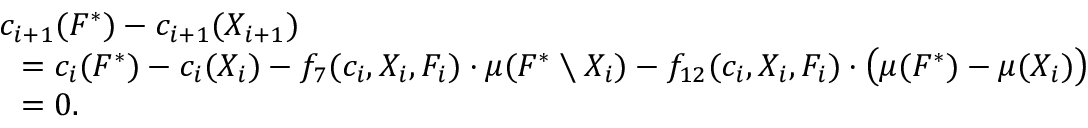
\begin{array} { r l } & { c _ { i + 1 } ( F ^ { * } ) - c _ { i + 1 } ( X _ { i + 1 } ) } \\ { } & { ~ ~ = c _ { i } ( F ^ { * } ) - c _ { i } ( X _ { i } ) - f _ { 7 } ( c _ { i } , X _ { i } , F _ { i } ) \cdot \mu ( F ^ { * } \setminus X _ { i } ) - f _ { 1 2 } ( c _ { i } , X _ { i } , F _ { i } ) \cdot \big ( \mu ( F ^ { * } ) - \mu ( X _ { i } ) \big ) } \\ { } & { ~ ~ = 0 . } \end{array}